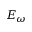
E _ { \omega }